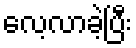
လေ့လာခဲ့ပြီး